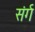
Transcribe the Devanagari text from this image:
संर्ग